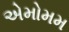
એમોમમ